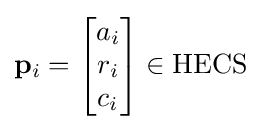
\mathbf {p} _{i}={\begin{bmatrix}a_{i}\\r_{i}\\c_{i}\end{bmatrix}}\in {\text{HECS}}